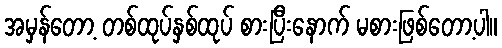
အမှန်တော့ တစ်ထုပ်နှစ်ထုပ် စားပြီးနောက် မစားဖြစ်တော့ပါ။